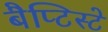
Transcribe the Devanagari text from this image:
बैप्टिस्टे